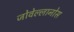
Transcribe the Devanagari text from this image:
जोवेल्लानोस